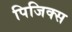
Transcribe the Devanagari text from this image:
पिजिक्स